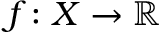
f \colon X \to \mathbb { R }